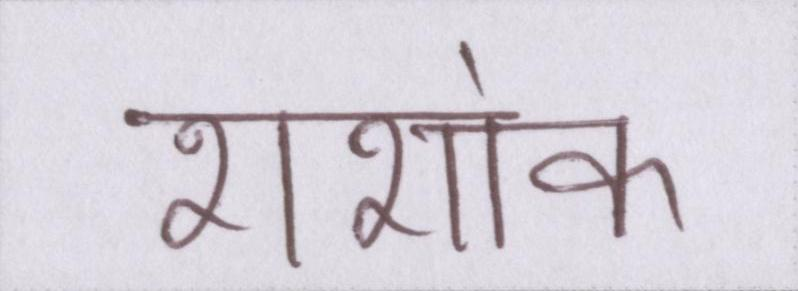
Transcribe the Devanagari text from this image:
शशांक